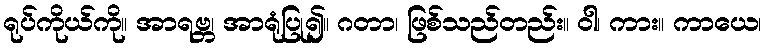
ရုပ်ကိုယ်ကို။ အာရဗ္ဘ၊ အာရုံပြု၍။ ဂတာ၊ ဖြစ်သည်တည်း။ ဝါ၊ ကား။ ကာယေ၊